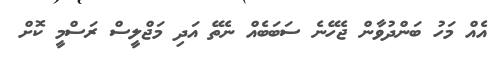
އެއް މަހު ބަންދުވާން ޖެހޭނެ ސަބަބެއް ނެތޭ އަދި މަޖްލީސް ރަސްމީ ކޮށް